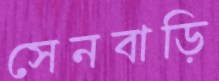
সেনবাড়ি